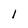
Character: l